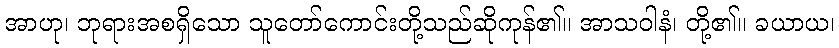
အာဟု၊ ဘုရားအစရှိသော သူတော်ကောင်းတို့သည်ဆိုကုန်၏။ အာသဝါနံ၊ တို့၏။ ခယာယ၊